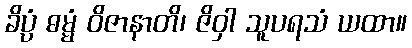
ခိပ္ပံ ဓမ္မံ ဝိဇာနာတိ၊ ဇိဝှါ သူပရသံ ယထာ။